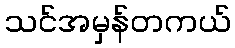
သင်အမှန်တကယ်